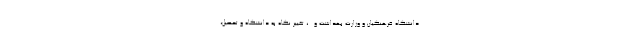
دانشگاه فرهنگیان و وزارت بهداشت و...، تغییر نگاه به دانشگاه و تحصیل،